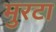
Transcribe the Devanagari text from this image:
मुरटा